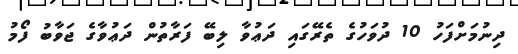
ދިނުމަށްފަހު 10 ދުވަހުގެ ތެރޭގައި ދަޢުވާ ލިބޭ ފަރާތުން ދަޢުވާގެ ޖަވާބު ފޯމު